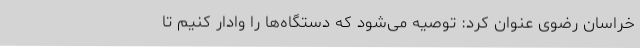
خراسان رضوی عنوان کرد: توصیه می‌شود که دستگاه‌ها را وادار کنیم تا